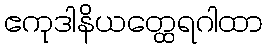
ဧကုဒါနိယတ္ထေရဂါထာ